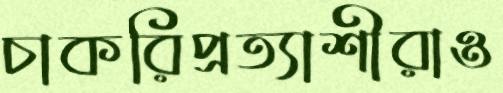
চাকরিপ্রত্যাশীরাও